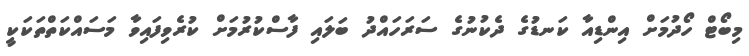
މިބޯޓް ހޯދުމަށް އިންޑިއާ ކަނޑުގެ ދެކުނުގެ ސަރަހައްދު ބަލައި ފާސްކުރުމަށް ކުރެވިފައިވާ މަސައްކަތްތަކަކީ